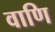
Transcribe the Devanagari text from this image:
वाणि